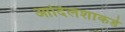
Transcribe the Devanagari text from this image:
आदिलशाकडे